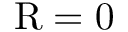
\mathrm { R } = 0